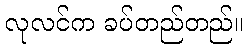
လုလင်က ခပ်တည်တည်။